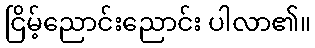
ငြိမ့်ညောင်းညောင်း ပါလာ၏။